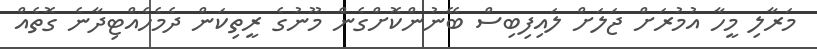
މަރާލި މީހާ އުމުރަށް ޖަލަށް ލައިފިބިސް ބޭނުންކޮށްގެން މޫނުގެ ރީތިކަން ދެމެހެއްޓިދާނެ ގޮތެއް